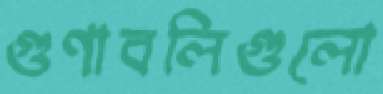
গুণাবলিগুলো